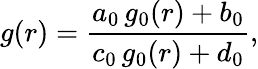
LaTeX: g(r)={\frac{a_{0}\, g_{0}(r)+b_{0}}{c_{0}\, g_{0}(r)+d_{0}}},